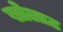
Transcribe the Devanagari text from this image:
खोलाट